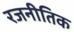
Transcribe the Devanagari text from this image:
रजनीतिक